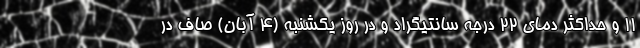
۱۱ و حداکثر دمای ۲۲ درجه سانتیگراد و در روز یکشنبه (4 آبان) صاف در